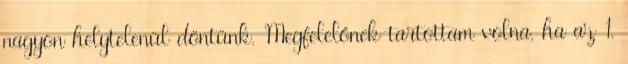
nagyon helytelenül döntünk. Megfelelőnek tartottam volna, ha az 1.